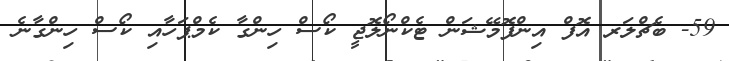
59- ބެޗްލަރ އޮފް އިންފޮމޭޝަން ޓެކްނޯލޮޖީ ކޯސް ހިންގާ ކެމްޕަހާއި ކޯސް ހިންގާނެ